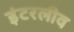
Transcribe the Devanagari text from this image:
इंटरलीव